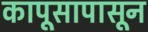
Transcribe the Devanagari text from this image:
कापूसापासून